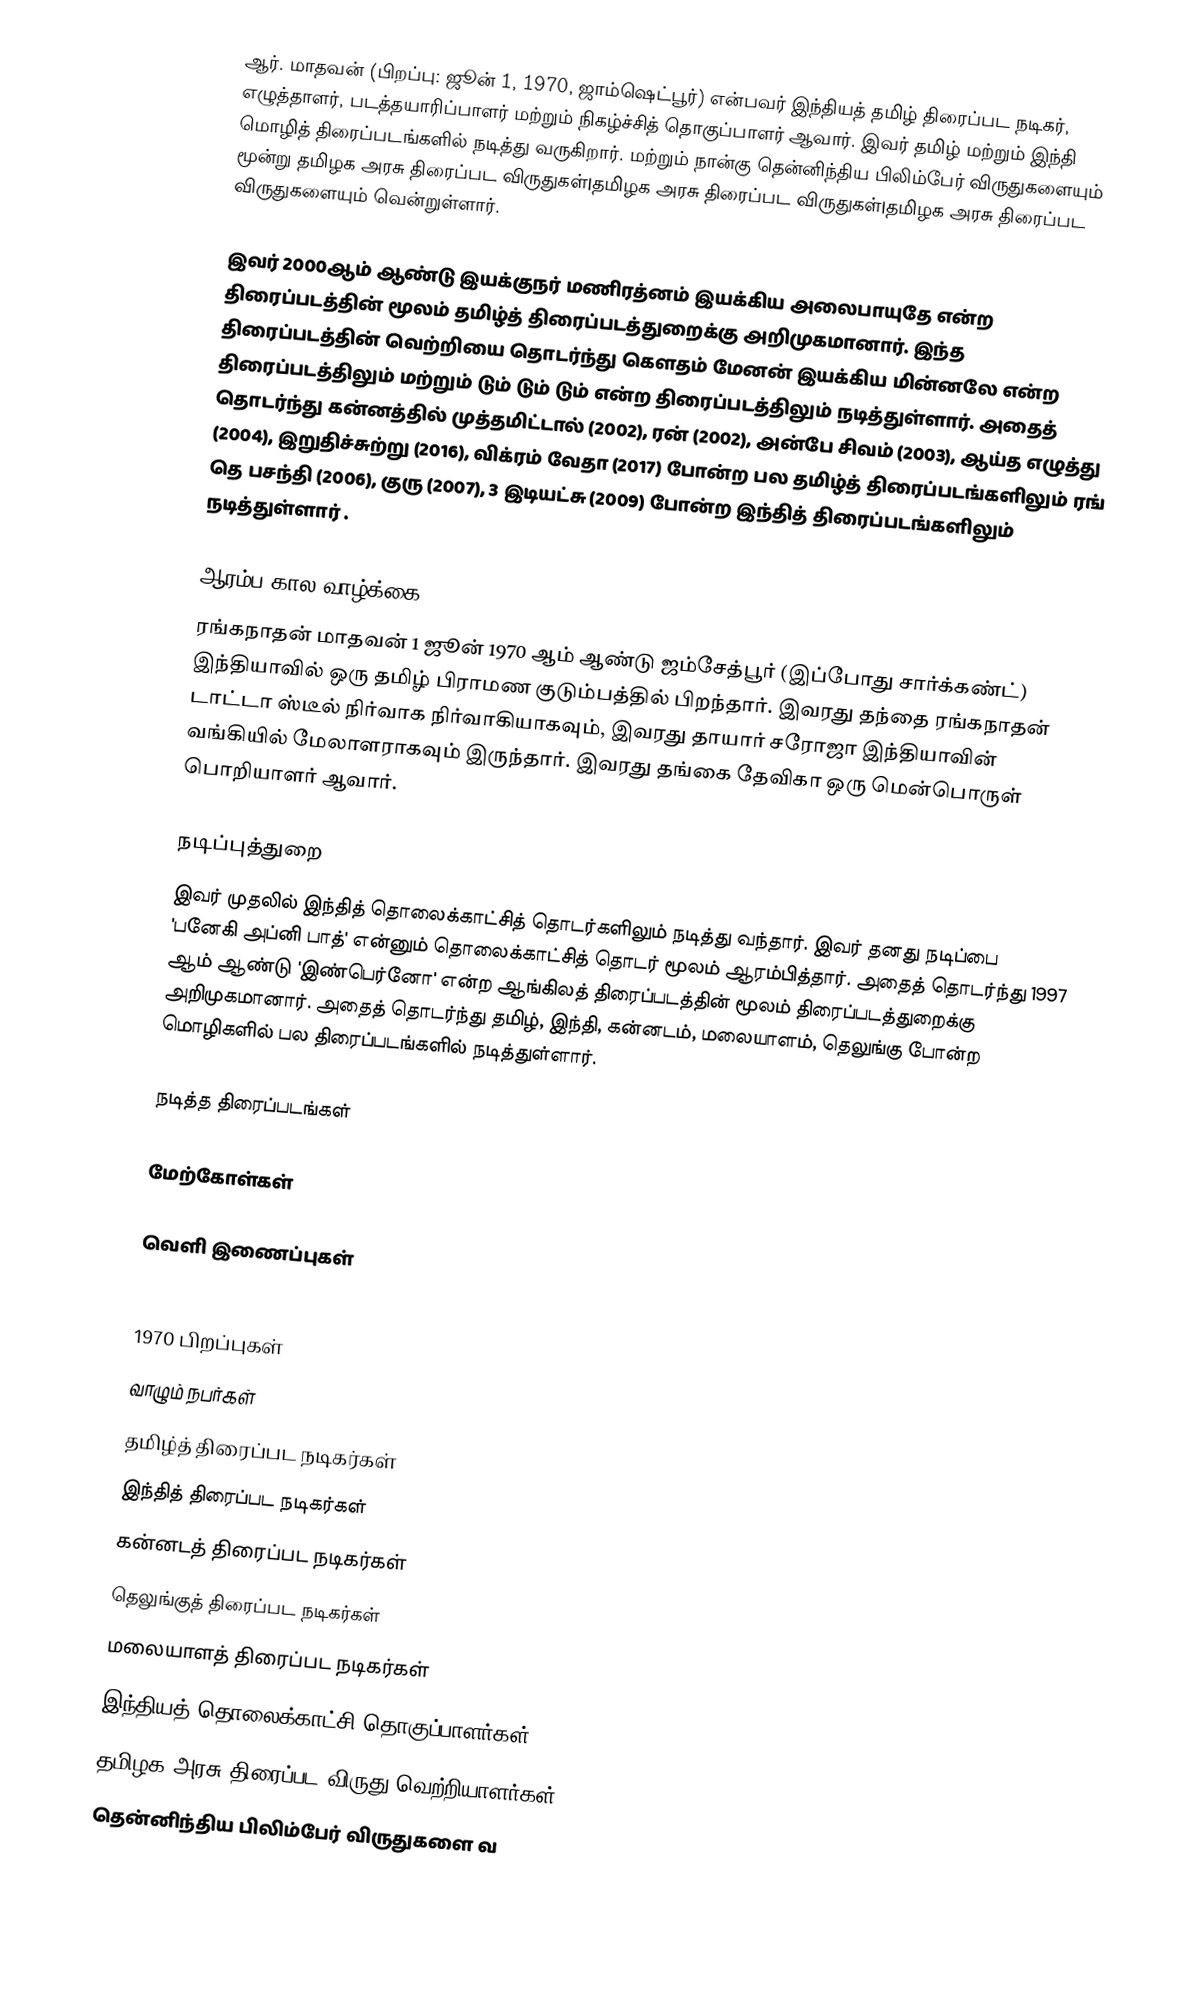
ஆர். மாதவன் (பிறப்பு: ஜூன் 1, 1970, ஜாம்ஷெட்பூர்) என்பவர் இந்தியத் தமிழ் திரைப்பட நடிகர், எழுத்தாளர், படத்தயாரிப்பாளர் மற்றும் நிகழ்ச்சித் தொகுப்பாளர் ஆவார். இவர் தமிழ் மற்றும் இந்தி மொழித் திரைப்படங்களில் நடித்து வருகிறார். மற்றும் நான்கு தென்னிந்திய பிலிம்பேர் விருதுகளையும் மூன்று தமிழக அரசு திரைப்பட விருதுகள்|தமிழக அரசு திரைப்பட விருதுகள்|தமிழக அரசு திரைப்பட விருதுகளையும் வென்றுள்ளார்.

இவர் 2000ஆம் ஆண்டு இயக்குநர் மணிரத்னம் இயக்கிய அலைபாயுதே என்ற திரைப்படத்தின் மூலம் தமிழ்த் திரைப்படத்துறைக்கு அறிமுகமானார். இந்த திரைப்படத்தின் வெற்றியை தொடர்ந்து கௌதம் மேனன் இயக்கிய மின்னலே என்ற திரைப்படத்திலும் மற்றும் டும் டும் டும் என்ற திரைப்படத்திலும் நடித்துள்ளார். அதைத் தொடர்ந்து கன்னத்தில் முத்தமிட்டால் (2002), ரன் (2002), அன்பே சிவம் (2003), ஆய்த எழுத்து (2004), இறுதிச்சுற்று (2016), விக்ரம் வேதா (2017) போன்ற பல தமிழ்த் திரைப்படங்களிலும்  ரங் தெ பசந்தி (2006), குரு (2007), 3 இடியட்சு (2009) போன்ற இந்தித் திரைப்படங்களிலும் நடித்துள்ளார் .

ஆரம்ப கால வாழ்க்கை
ரங்கநாதன் மாதவன் 1 ஜூன் 1970 ஆம் ஆண்டு ஜம்சேத்பூர் (இப்போது சார்க்கண்ட்) இந்தியாவில் ஒரு தமிழ் பிராமண குடும்பத்தில் பிறந்தார். இவரது தந்தை ரங்கநாதன் டாட்டா ஸ்டீல் நிர்வாக நிர்வாகியாகவும், இவரது தாயார் சரோஜா இந்தியாவின் வங்கியில் மேலாளராகவும் இருந்தார். இவரது தங்கை தேவிகா ஒரு மென்பொருள் பொறியாளர் ஆவார்.

நடிப்புத்துறை
இவர் முதலில்  இந்தித் தொலைக்காட்சித் தொடர்களிலும் நடித்து வந்தார். இவர் தனது நடிப்பை 'பனேகி அப்னி பாத்' என்னும் தொலைக்காட்சித் தொடர் மூலம் ஆரம்பித்தார். அதைத் தொடர்ந்து 1997 ஆம் ஆண்டு 'இண்பெர்னோ' என்ற ஆங்கிலத் திரைப்படத்தின் மூலம் திரைப்படத்துறைக்கு அறிமுகமானார். அதைத் தொடர்ந்து தமிழ், இந்தி, கன்னடம், மலையாளம், தெலுங்கு போன்ற மொழிகளில் பல திரைப்படங்களில் நடித்துள்ளார்.

நடித்த திரைப்படங்கள்

மேற்கோள்கள்

வெளி இணைப்புகள்

1970 பிறப்புகள்
வாழும் நபர்கள்
தமிழ்த் திரைப்பட நடிகர்கள்
இந்தித் திரைப்பட நடிகர்கள்
கன்னடத் திரைப்பட நடிகர்கள்
தெலுங்குத் திரைப்பட நடிகர்கள்
மலையாளத் திரைப்பட நடிகர்கள்
இந்தியத் தொலைக்காட்சி தொகுப்பாளர்கள்
தமிழக அரசு திரைப்பட விருது வெற்றியாளர்கள்
தென்னிந்திய பிலிம்பேர் விருதுகளை வ